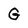
Character: G